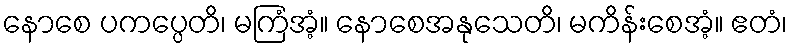
နောစေ ပကပ္ပေတိ၊ မကြံအံ့။ နောစေအနုသေတိ၊ မကိန်းစေအံ့။ ဧတံ၊